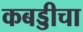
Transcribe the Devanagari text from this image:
कबड्डीचा